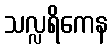
သလ္လရိကေန